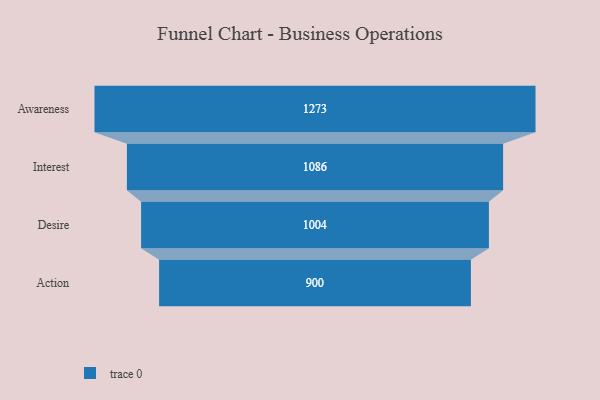
{"axis": {"x": "Stage", "y": "Value"}, "legend": [""], "data": [{"x": "Awareness", "y": 1273.0, "type": ""}, {"x": "Interest", "y": 1086.0, "type": ""}, {"x": "Desire", "y": 1004.0, "type": ""}, {"x": "Action", "y": 900.0, "type": ""}]}